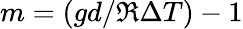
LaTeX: m=(gd/\mathfrak{R}\Delta T)-1